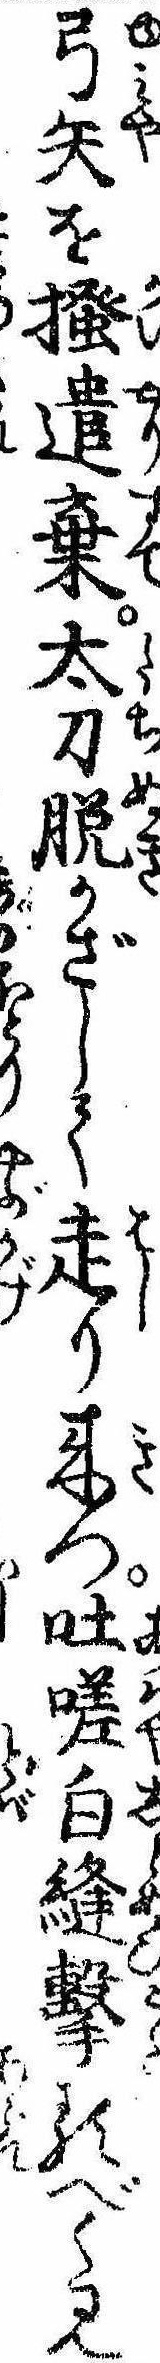
弓矢を掻遣棄太刀脱かざして走り来つ吐嗟白縫撃るべく見